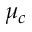
\mu _ { c }